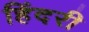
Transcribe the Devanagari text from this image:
हिंदरी